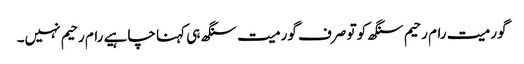
گورمیت رام رحیم سنگھ کو تو صرف گورمیت سنگھ ہی کہنا چاہیے رام رحیم نہیں۔